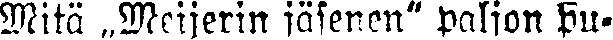
Mitä „Meijerin jäsenen" paljon pu-